Indian journal of veterinary science and animal husbandry - Volume 3,
Year: 1933
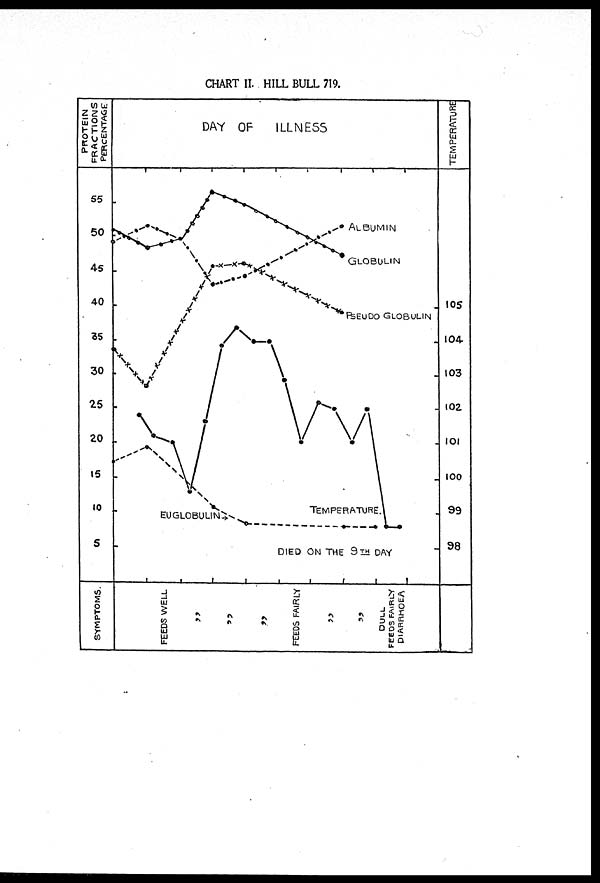
CHART II. HILL BULL 719.